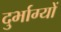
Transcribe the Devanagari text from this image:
दुर्भाग्यों